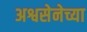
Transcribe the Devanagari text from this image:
अश्वसेनेच्या